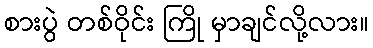
စားပွဲ တစ်ဝိုင်း ကြို မှာချင်လို့လား။